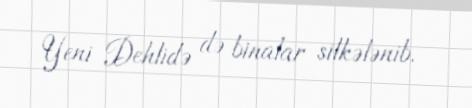
Yeni Dehlidə də binalar silkələnib.